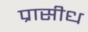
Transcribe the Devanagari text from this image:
प्रासीध